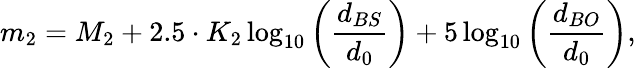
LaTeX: m_{2}=M_{2}+2.5\cdot K_{2}\log_{10}{\left({\frac{d_{BS}}{d_{0}}}\right)}+5\log_{10}{\left({\frac{d_{BO}}{d_{0}}}\right)},